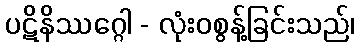
ပဋိနိဿဂ္ဂေါ - လုံးဝစွန့်ခြင်းသည်၊